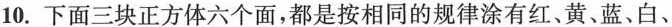
10.下面三块正方体六个面，都是按相同的规律涂有红、黄、蓝、白、